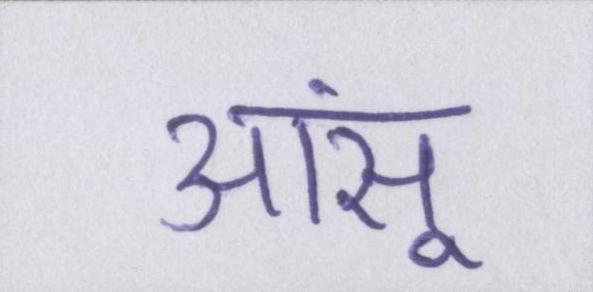
आंसू